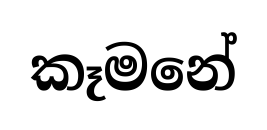
කෑමනේ